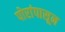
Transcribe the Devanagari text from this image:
पोरांपासून